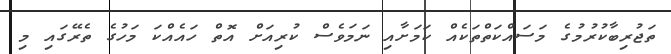
ތަޖުރިބާކުރުމުގެ މަސައްކަތްތަކެއް ކަމަށާއި ނަމަވެސް ކުރިއަށް އޮތް ހައެއްކަ މަހުގެ ތެރޭގައި މި